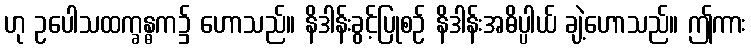
ဟု ဥပေါသထက္ခန္ဓက၌ ဟောသည်။ နိဒါန်းခွင့်ပြုစဉ် နိဒါန်းအဓိပ္ပါယ် ချဲ့ဟောသည်။ ဤကား